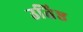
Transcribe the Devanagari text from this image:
उतिष्ठ